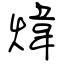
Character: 煒